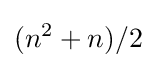
(n^{2}+n)/2